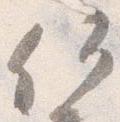
何